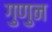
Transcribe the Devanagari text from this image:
गुणुन